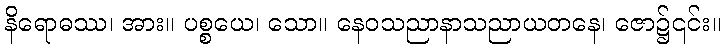
နိရောဓဿ၊ အား။ ပစ္စယေ၊ သော။ နေဝသညာနာသညာယတနေ၊ ဇော၌၎င်း။